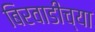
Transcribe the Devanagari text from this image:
बिरवाडीच्या